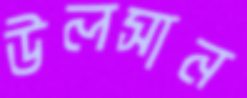
উলসান